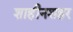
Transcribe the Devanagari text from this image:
शाहीनशहर